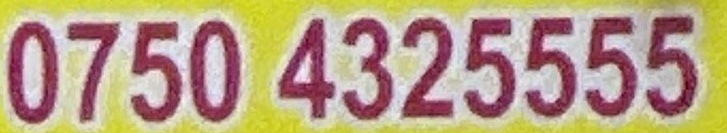
0750 4325555